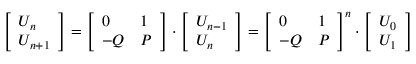
{ \left[ \begin{array} { l } { U _ { n } } \\ { U _ { n + 1 } } \end{array} \right] } = { \left[ \begin{array} { l l } { 0 } & { 1 } \\ { - Q } & { P } \end{array} \right] } \cdot { \left[ \begin{array} { l } { U _ { n - 1 } } \\ { U _ { n } } \end{array} \right] } = { \left[ \begin{array} { l l } { 0 } & { 1 } \\ { - Q } & { P } \end{array} \right] } ^ { n } \cdot { \left[ \begin{array} { l } { U _ { 0 } } \\ { U _ { 1 } } \end{array} \right] }